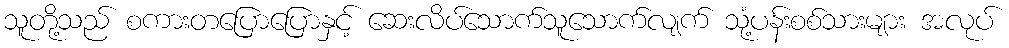
သူတို့သည် စကားတပြောပြောနှင့် ဆေးလိပ်သောက်သူသောက်လျက် သုံ့ပန်းစစ်သားများ အလုပ်